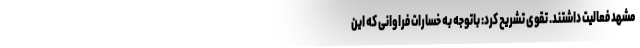
مشهد فعالیت داشتند. تقوی تشریح کرد: باتوجه به خسارات فراوانی که این